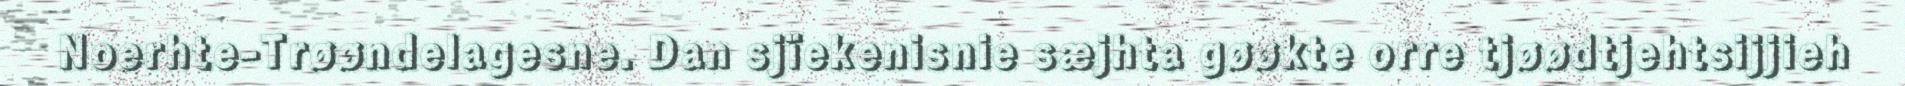
Noerhte-Trøøndelagesne. Dan sjïekenisnie sæjhta gøøkte orre tjøødtjehtsijjieh